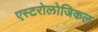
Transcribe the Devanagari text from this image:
एस्टरोलोजिकल